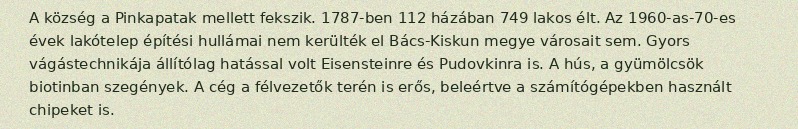
A község a Pinkapatak mellett fekszik. 1787-ben 112 házában 749 lakos élt. Az 1960-as-70-es évek lakótelep építési hullámai nem kerülték el Bács-Kiskun megye városait sem. Gyors vágástechnikája állítólag hatással volt Eisensteinre és Pudovkinra is. A hús, a gyümölcsök biotinban szegények. A cég a félvezetők terén is erős, beleértve a számítógépekben használt chipeket is.